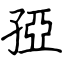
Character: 孲